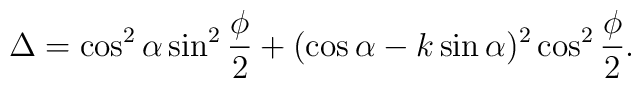
\Delta = \cos^2\alpha\sin^2\frac\phi 2+(\cos\alpha-k\sin\alpha)^2\cos^2\frac\phi 2.